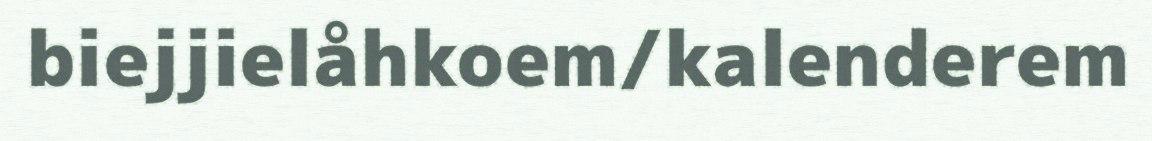
biejjielåhkoem/kalenderem